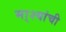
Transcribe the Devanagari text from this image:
मा्श्यांची